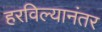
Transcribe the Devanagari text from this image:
हरविल्यानंतर